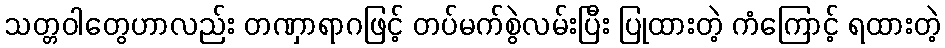
သတ္တဝါတွေဟာလည်း တဏှာရာဂဖြင့် တပ်မက်စွဲလမ်းပြီး ပြုထားတဲ့ ကံကြောင့် ရထားတဲ့